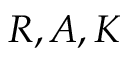
R , A , K